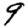
Digit: 9